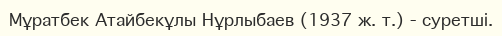
Мұратбек Атайбекұлы Нұрлыбаев (1937 ж. т.) - суретші.